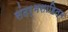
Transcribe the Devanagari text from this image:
संदर्भसाहित्य